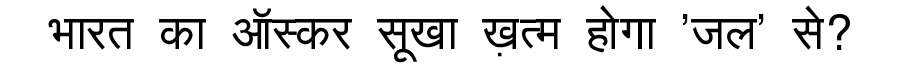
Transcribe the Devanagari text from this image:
भारत का ऑस्कर सूखा ख़त्म होगा 'जल' से?